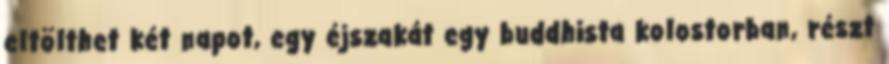
eltölthet két napot, egy éjszakát egy buddhista kolostorban, részt